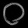
Digit: ၀